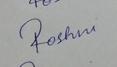
Signature authenticity: forged